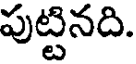
పుట్టినది.